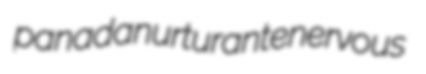
panada nurturant enervous